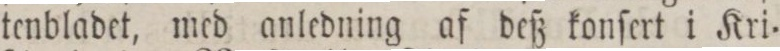
tenbladet, med anledning af deß konſert i Kri=